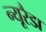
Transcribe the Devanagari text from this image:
न्यूरैडा